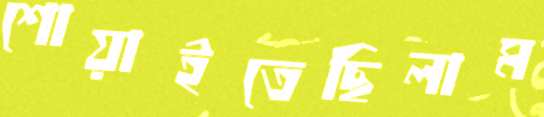
শোয়াইতেছিলাম